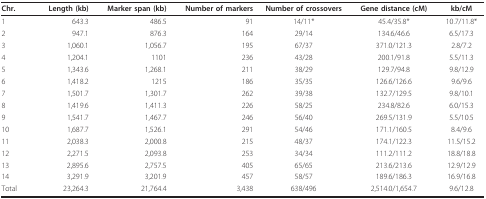
| Chr. | Length (kb) | Marker span (kb) | Number of markers | Number of crossovers | Gene distance (cM) | kb/cM |
 | --- | --- | --- | --- | --- | --- | --- |
 | 1 | 643.3 | 486.5 | 91 | 14/11* | 45.4/35.8* | 10.7/11.8* |
 | 2 | 947.1 | 876.3 | 164 | 29/14 | 134.6/46.6 | 6.5/17.3 |
 | 3 | 1,060.1 | 1,056.7 | 195 | 67/37 | 371.0/121.3 | 2.8/7.2 |
 | 4 | 1,204.1 | 1101 | 236 | 43/28 | 200.1/91.8 | 5.5/11.3 |
 | 5 | 1,343.6 | 1,268.1 | 211 | 38/29 | 129.7/94.8 | 9.8/12.9 |
 | 6 | 1,418.2 | 1215 | 186 | 35/35 | 126.6/126.6 | 9.6/9.6 |
 | 7 | 1,501.7 | 1,301.7 | 262 | 39/38 | 132.7/129.5 | 9.8/10.1 |
 | 8 | 1,419.6 | 1,411.3 | 226 | 58/25 | 234.8/82.6 | 6.0/15.3 |
 | 9 | 1,541.7 | 1,467.7 | 246 | 56/40 | 269.5/131.9 | 5.5/10.5 |
 | 10 | 1,687.7 | 1,526.1 | 291 | 54/46 | 171.1/160.5 | 8.4/9.6 |
 | 11 | 2,038.3 | 2,000.8 | 215 | 48/37 | 174.1/122.3 | 11.5/15.2 |
 | 12 | 2,271.5 | 2,093.8 | 253 | 34/34 | 111.2/111.2 | 18.8/18.8 |
 | 13 | 2,895.6 | 2,757.5 | 405 | 65/65 | 213.6/213.6 | 12.9/12.9 |
 | 14 | 3,291.9 | 3,201.9 | 457 | 58/57 | 189.6/186.3 | 16.9/16.8 |
 | Total | 23,264.3 | 21,764.4 | 3,438 | 638/496 | 2,514.0/1,654.7 | 9.6/12.8 |